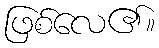
ဖြစ်လေ၏။